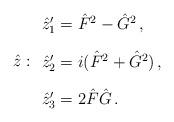
LaTeX: \begin{align*}\hat z:\begin{array}{l}\hat z_1'=\hat F^2-\hat G^2\,,\\[4mm]\hat z_2'=i(\hat F^2+\hat G^2)\,,\\[4mm]\hat z_3'=2\hat F \hat G\,.\end{array}\end{align*}